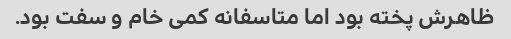
ظاهرش پخته بود اما متاسفانه کمی خام و سفت بود.